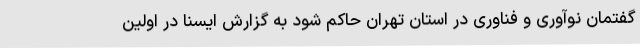
گفتمان نوآوری و فناوری در استان تهران حاکم شود به گزارش ایسنا در اولین